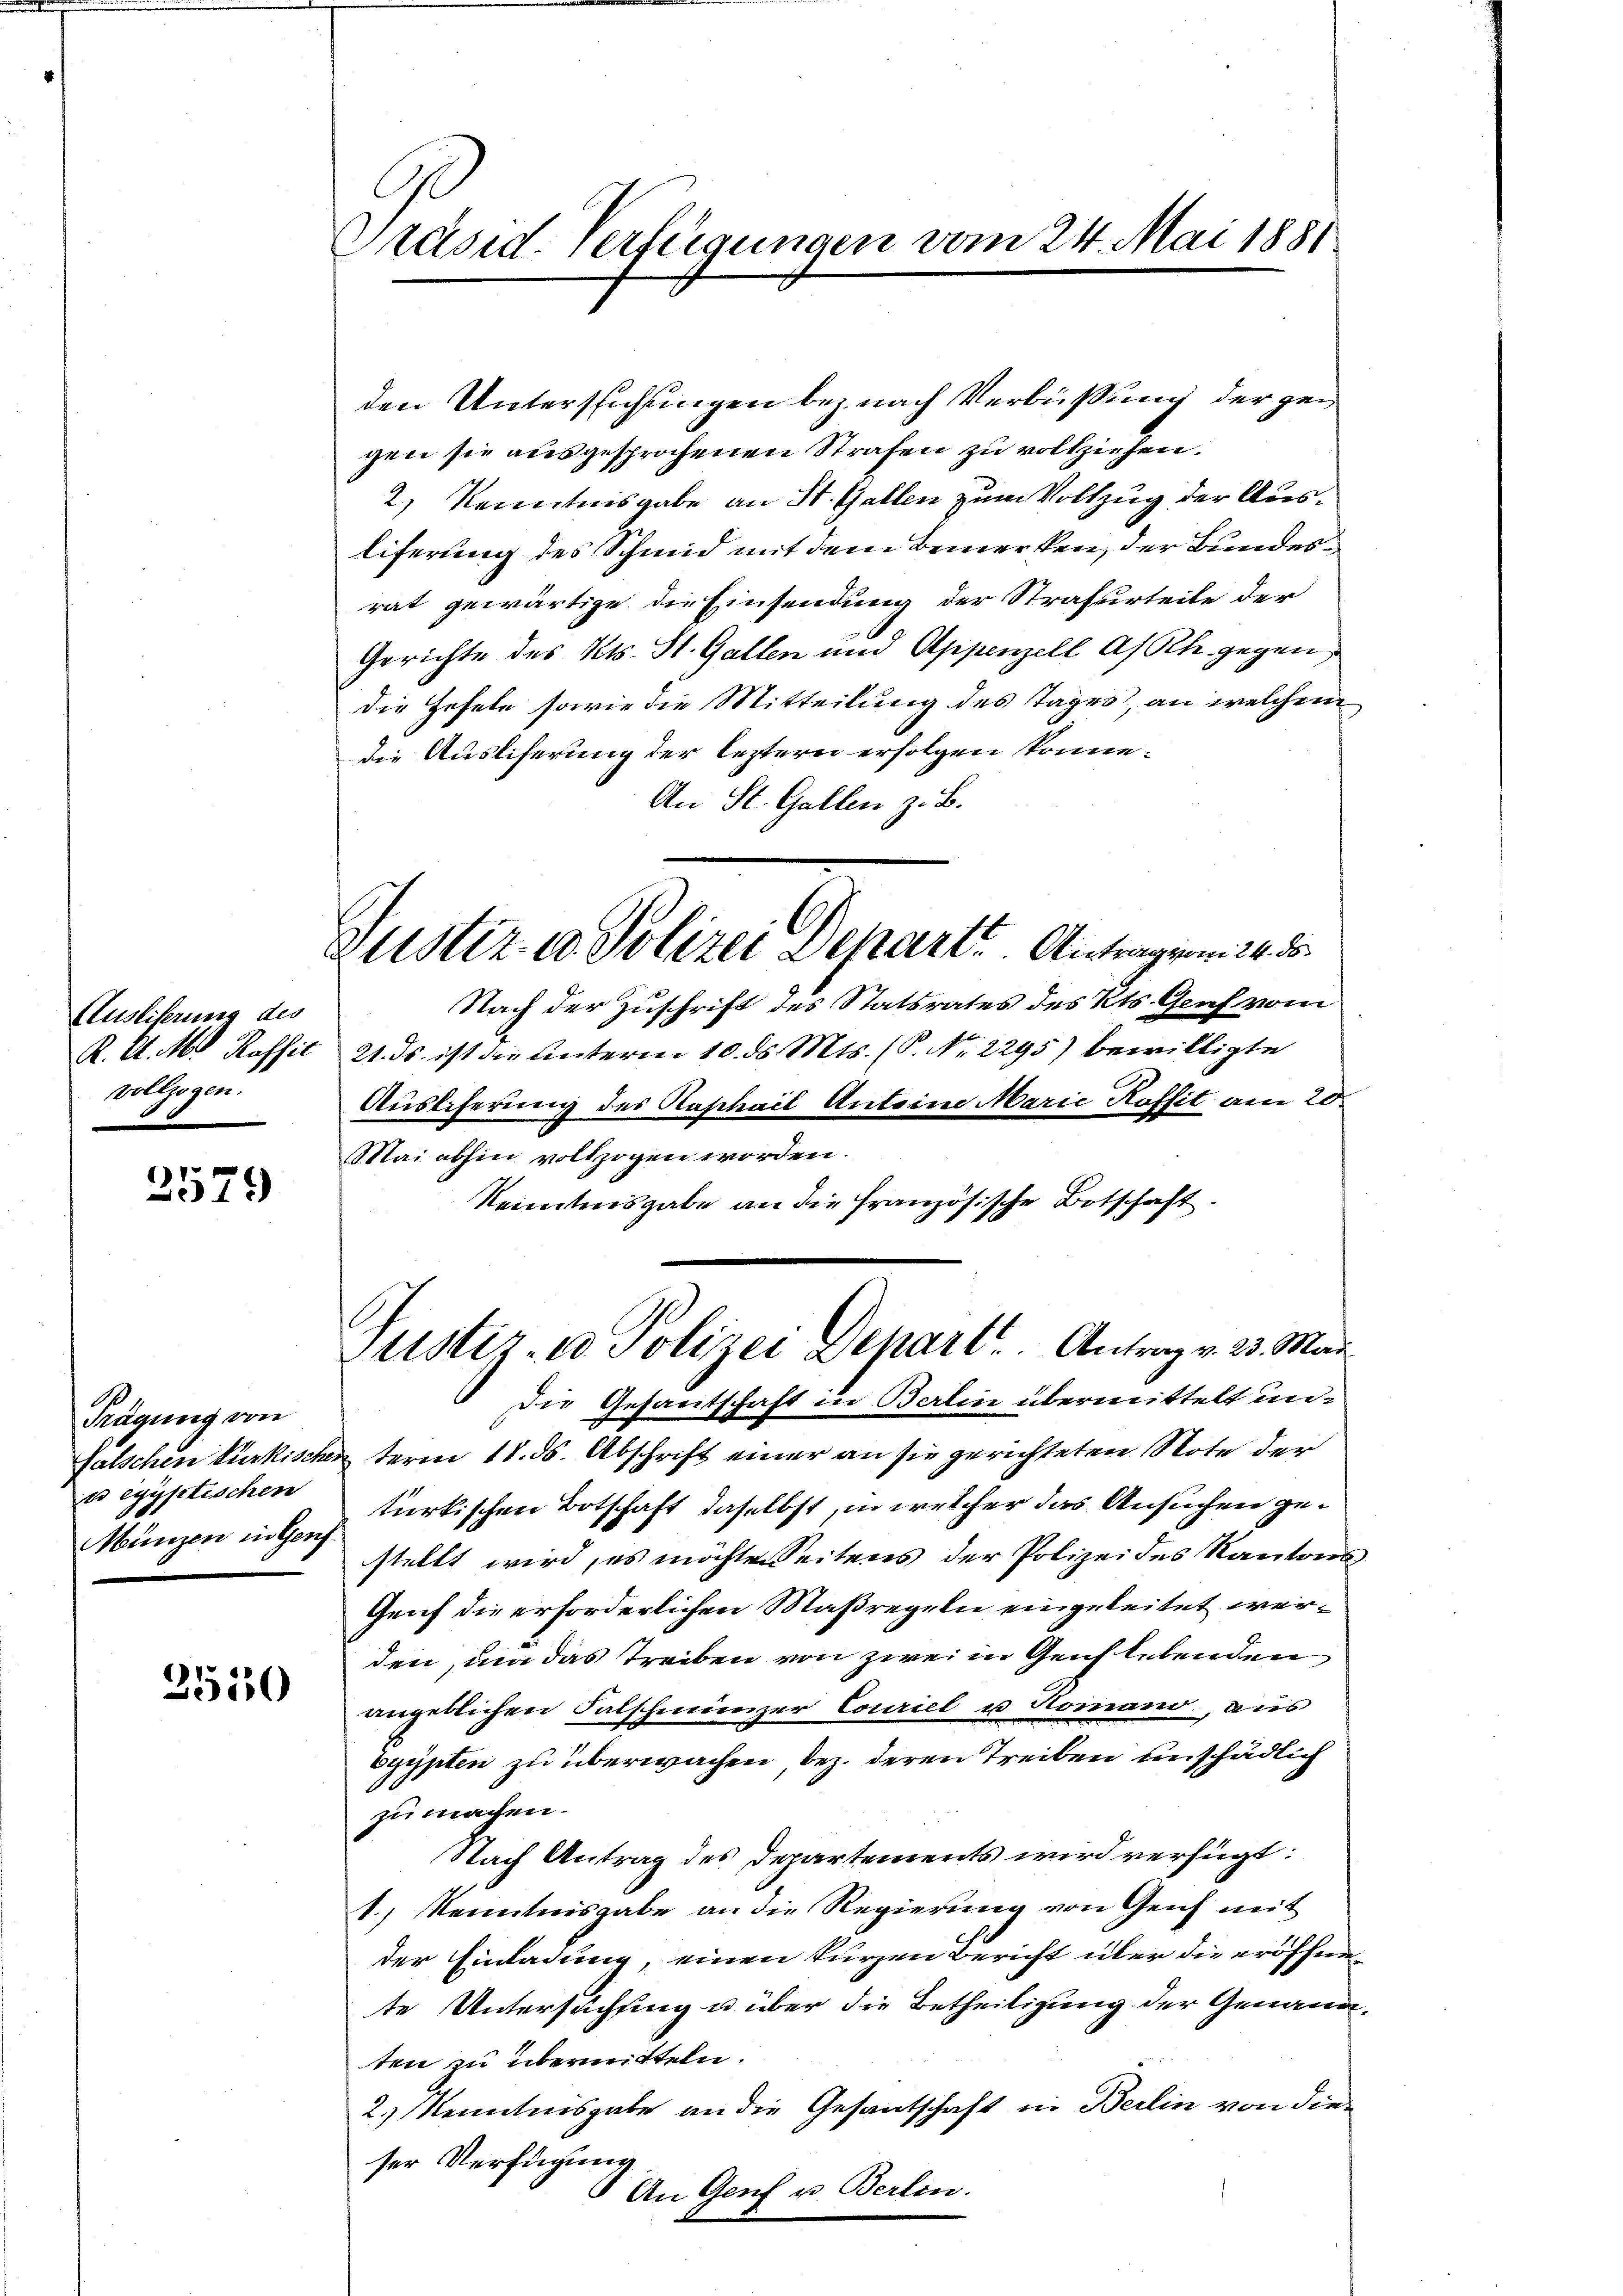
Ausliserung des
K. A. M. Raffic
vollzogen.

2579

Frägung von
falschen Bürkische.
es egyptischen
Münzen in Genf.

3510

Präsid Verfügungen vom 24. Mai 1881

Zustiz u. Polizei Depart. Antragen 24. 8.

den Untersuchungen bez. nach Verbüssung der gegen sie ausgesprochenen Strafen zu vollziehen.
2) Kenntnisgabe an St. Gallen zum Vollzug der Ausliferung des Schmid mit dem Bemerken, der Bundesrat gewärtige die Einsendung der Strafurteile der
Gerichte des Kts. St. Gallen und Appenzell A/Rh. gegen
die Hefele sowie die Mitteilung des Tages, an welchem
die Ausliferung der leztern erfolgen könne.
An St. Gallen z. B.
Nach der Zuschrift des Statsrates des Kts. Graf vom
21. ds. ist die unterm 10. ds. Mts. (S. Nr. 2295) bewilligte
Auslieferung des Raphail Antoine Marie Koffit am 20.
Mai abhin vollzogen worden.
Kenntnisgabe an die französische Botschaft.
Justiz- u Polizei Depart. Antrag v. 23. Mai
Die Gesantschaft in Berlin übermittelt unterm 18. ds. Abschrift einer an sie gerichteten Note der
türkischen Botschaft daselbst, in welcher das Ansuchen gestellt wird, es möchten Seitens der Polizeides Kantons
Genf die erforderlichen Maßregeln eingeleitet werden, um das Treiben von zwei in Genf lebenden
angeblichen Falschmünzer Couriel u. Romano, aus
egypten zu überwachen, bez. deren Treiben unschädlich
zu machen.
Nach Antrag des Departements wird verfügt:
1.) Kenntnisgabe an die Regierung von Genf mit
der Einladung, einen kurzen Bericht über die eröffnete Untersuchung u über die Betheiligung der Genand
ten zu übermitteln.
2.) Kenntnisgabe an die Gesantschaft in Berlin von dieser Verfügung
 An Genf u. Berlin.